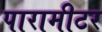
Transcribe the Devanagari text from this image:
पारामीटर